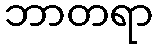
ဘာတရာ